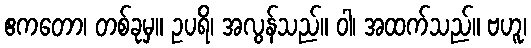
ဧကတော၊ တစ်ခုမှ။ ဥပရိ၊ အလွန်သည်။ ဝါ၊ အထက်သည်။ ဗဟူ၊